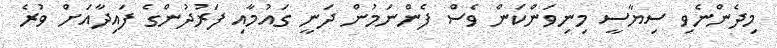
މިދެންނެވި ސިޔާސީ މިނިވަންކަން ވެސް ފެންނަމުން ދަނީ ގައުމާއި ފަރުދުންގެ ފައިދާއަށް ވުރެ